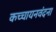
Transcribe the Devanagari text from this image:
कच्चायनवंदना